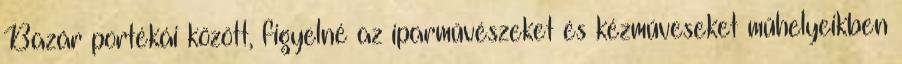
Bazár portékái között, figyelné az iparművészeket és kézműveseket műhelyeikben